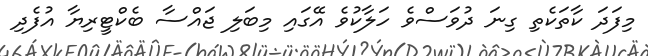
މިފަދަ ކާތަކެތި ގިނަ ދުވަސްވެ ހަލާކުވެ އޭގައި މިބަލި ޖައްސާ ބެކްޓީރިޔާ އުފެދި